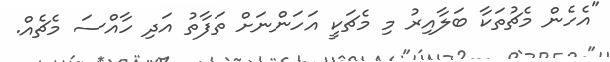
"އެހެން މެޗުތަކާ ބަލާއިރު މި މެޗަކީ އަހަންނަށް ތަފާތު އަދި ހާއްސަ މެޗެއް.